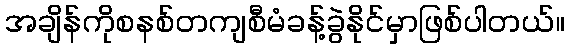
အချိန်ကိုစနစ်တကျစီမံခန့်ခွဲနိုင်မှာဖြစ်ပါတယ်။